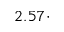
2 . 5 7 \cdot